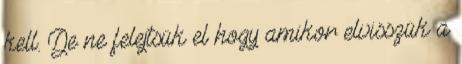
kell. De ne felejtsük el hogy amikor elvisszük a